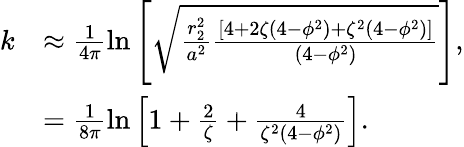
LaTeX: \begin{array}{rl}{k}&{\approx\frac{1}{4\pi}\ln{\left[\sqrt{\frac{r_{2}^{2}}{a^{2}}\frac{\left[4+2\zeta\left(4-\phi^{2}\right)+\zeta^{2}\left(4-\phi^{2}\right)\right]}{\left(4-\phi^{2}\right)}}\right]},}\\ &{=\frac{1}{8\pi}\ln{\left[1+\frac{2}{\zeta}+\frac{4}{\zeta^{2}\left(4-\phi^{2}\right)}\right]}.}\end{array}